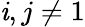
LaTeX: \mathit{i},j\neq1